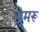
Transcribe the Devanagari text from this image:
खुमरू